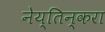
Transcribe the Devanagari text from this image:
नेय्तिन्करा